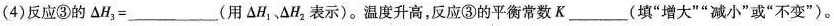
(4)反应③的$$\Delta H_{3}=___$$(用\Delta H_{1}、\Delta H_{2}表示)。温度升高，反应③的平衡常数K___(填”增大””减小”或”不变”)。